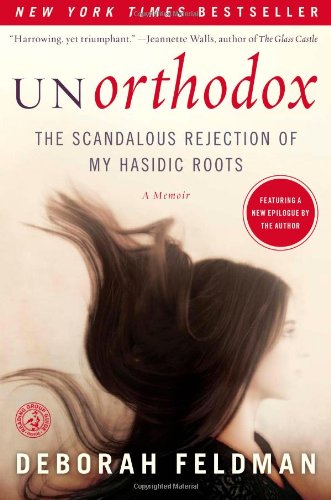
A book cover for Unorthodox: The Scandalous Rejection of My Hasidic Roots; Deborah Feldman; Biographies & Memoirs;